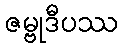
ဇမ္ဗုဒီပဿ